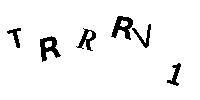
TRRRV1